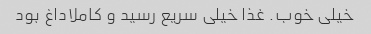
خیلی خوب. غذا خیلی سریع رسید و کاملاداغ بود